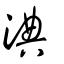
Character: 淟